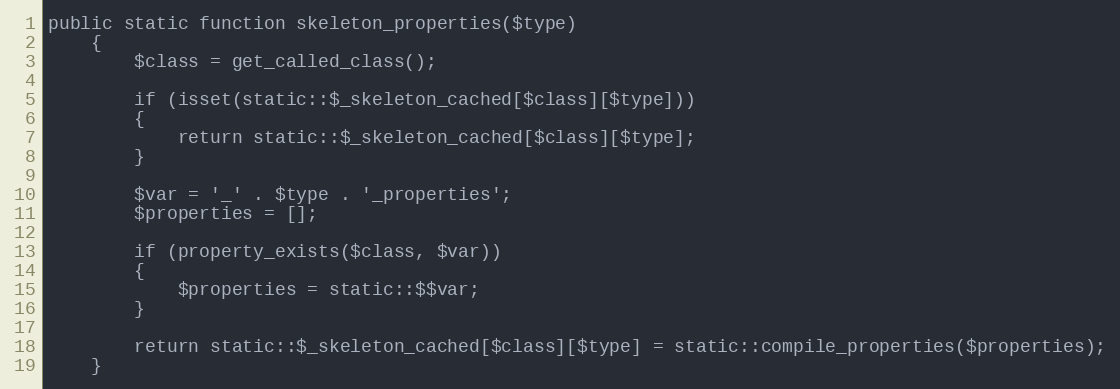
Language: PHP
public static function skeleton_properties($type)
	{
		$class = get_called_class();

		if (isset(static::$_skeleton_cached[$class][$type]))
		{
			return static::$_skeleton_cached[$class][$type];
		}

		$var = '_' . $type . '_properties';
		$properties = [];

		if (property_exists($class, $var))
		{
			$properties = static::$$var;
		}

		return static::$_skeleton_cached[$class][$type] = static::compile_properties($properties);
	}